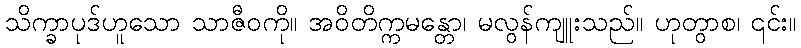
သိက္ခာပုဒ်ဟူသော သာဇီဝကို။ အဝိတိက္ကမန္တော၊ မလွန်ကျူးသည်။ ဟုတွာစ၊ ၎င်း။